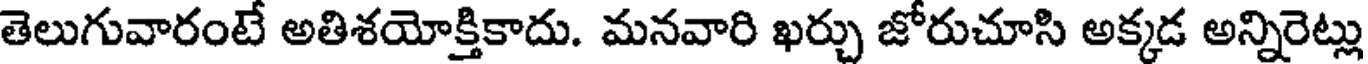
తెలుగువారంటే అతిశయోక్తికాదు. మనవారి ఖర్చు జోరుచూసి అక్కడ అన్నిరెట్లు